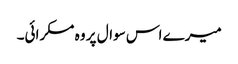
میرے اس سوال پر وہ مسکرائی۔